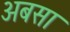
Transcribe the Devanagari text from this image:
अबसा